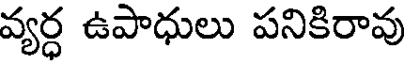
వ్యర్ధ ఉపాధులు పనికిరావు